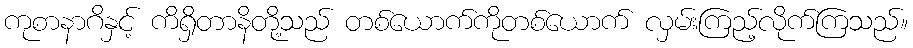
ကုစာနာဂိနှင့် ကိရှိတာနိတို့သည် တစ်ယောက်ကိုတစ်ယောက် လှမ်းကြည့်လိုက်ကြသည်။